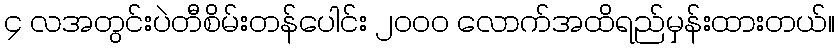
၄ လအတွင်းပဲတီစိမ်းတန်ပေါင်း ၂၀၀၀ လောက်အထိရည်မှန်းထားတယ်။